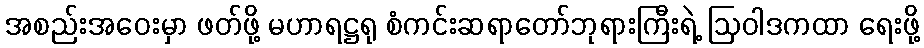
အစည်းအဝေးမှာ ဖတ်ဖို့ မဟာရဋ္ဌရု စံကင်းဆရာတော်ဘုရားကြီးရဲ့ ဩဝါဒကထာ ရေးဖို့